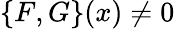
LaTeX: \{ F,G\} (x)\neq 0